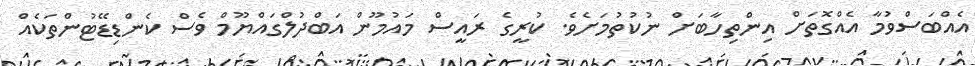
އެއްބަސްވުމާ އެއްގޮތަށް އިންތިހާބަށް ނުކުތުމަށެވެ. ކުރީގެ ރައީސް މައުމޫން އަބްދުލްގައްޔޫމް ވެސް ކެންޑިޑޭޓުންތަކެއް